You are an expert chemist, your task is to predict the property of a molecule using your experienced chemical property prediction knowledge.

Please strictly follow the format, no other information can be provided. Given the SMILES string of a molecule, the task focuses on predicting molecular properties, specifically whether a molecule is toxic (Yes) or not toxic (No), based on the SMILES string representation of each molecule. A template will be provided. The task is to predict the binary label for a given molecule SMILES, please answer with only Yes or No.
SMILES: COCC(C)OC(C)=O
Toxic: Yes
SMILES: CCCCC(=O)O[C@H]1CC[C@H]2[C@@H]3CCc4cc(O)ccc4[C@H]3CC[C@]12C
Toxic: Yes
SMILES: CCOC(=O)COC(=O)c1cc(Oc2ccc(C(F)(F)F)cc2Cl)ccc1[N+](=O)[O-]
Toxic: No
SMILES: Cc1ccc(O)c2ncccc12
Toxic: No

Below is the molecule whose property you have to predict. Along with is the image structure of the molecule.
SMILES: Nc1ccccc1O
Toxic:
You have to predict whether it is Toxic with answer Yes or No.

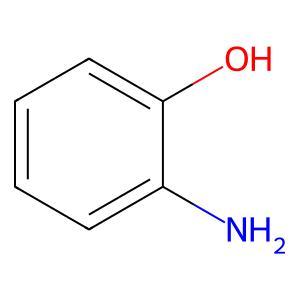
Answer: No